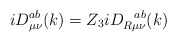
\begin{align*}iD_{\mu \nu }^{ab}(k)=Z_3iD_{R\mu \nu }^{~~ab}(k)\end{align*}